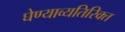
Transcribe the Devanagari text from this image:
घेण्याव्यतिरिक्त